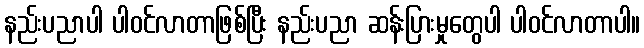
နည်းပညာပါ ပါဝင်လာတာဖြစ်ပြီး နည်းပညာ ဆန်းပြားမှုတွေပါ ပါဝင်လာတာပါ။